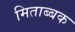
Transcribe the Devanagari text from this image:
मिताब्बक